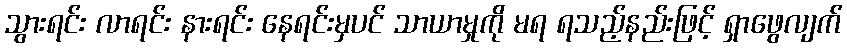
သွားရင်း လာရင်း နားရင်း နေရင်းမှပင် သာယာမှုကို မရ ရသည့်နည်းဖြင့် ရှာဖွေလျက်